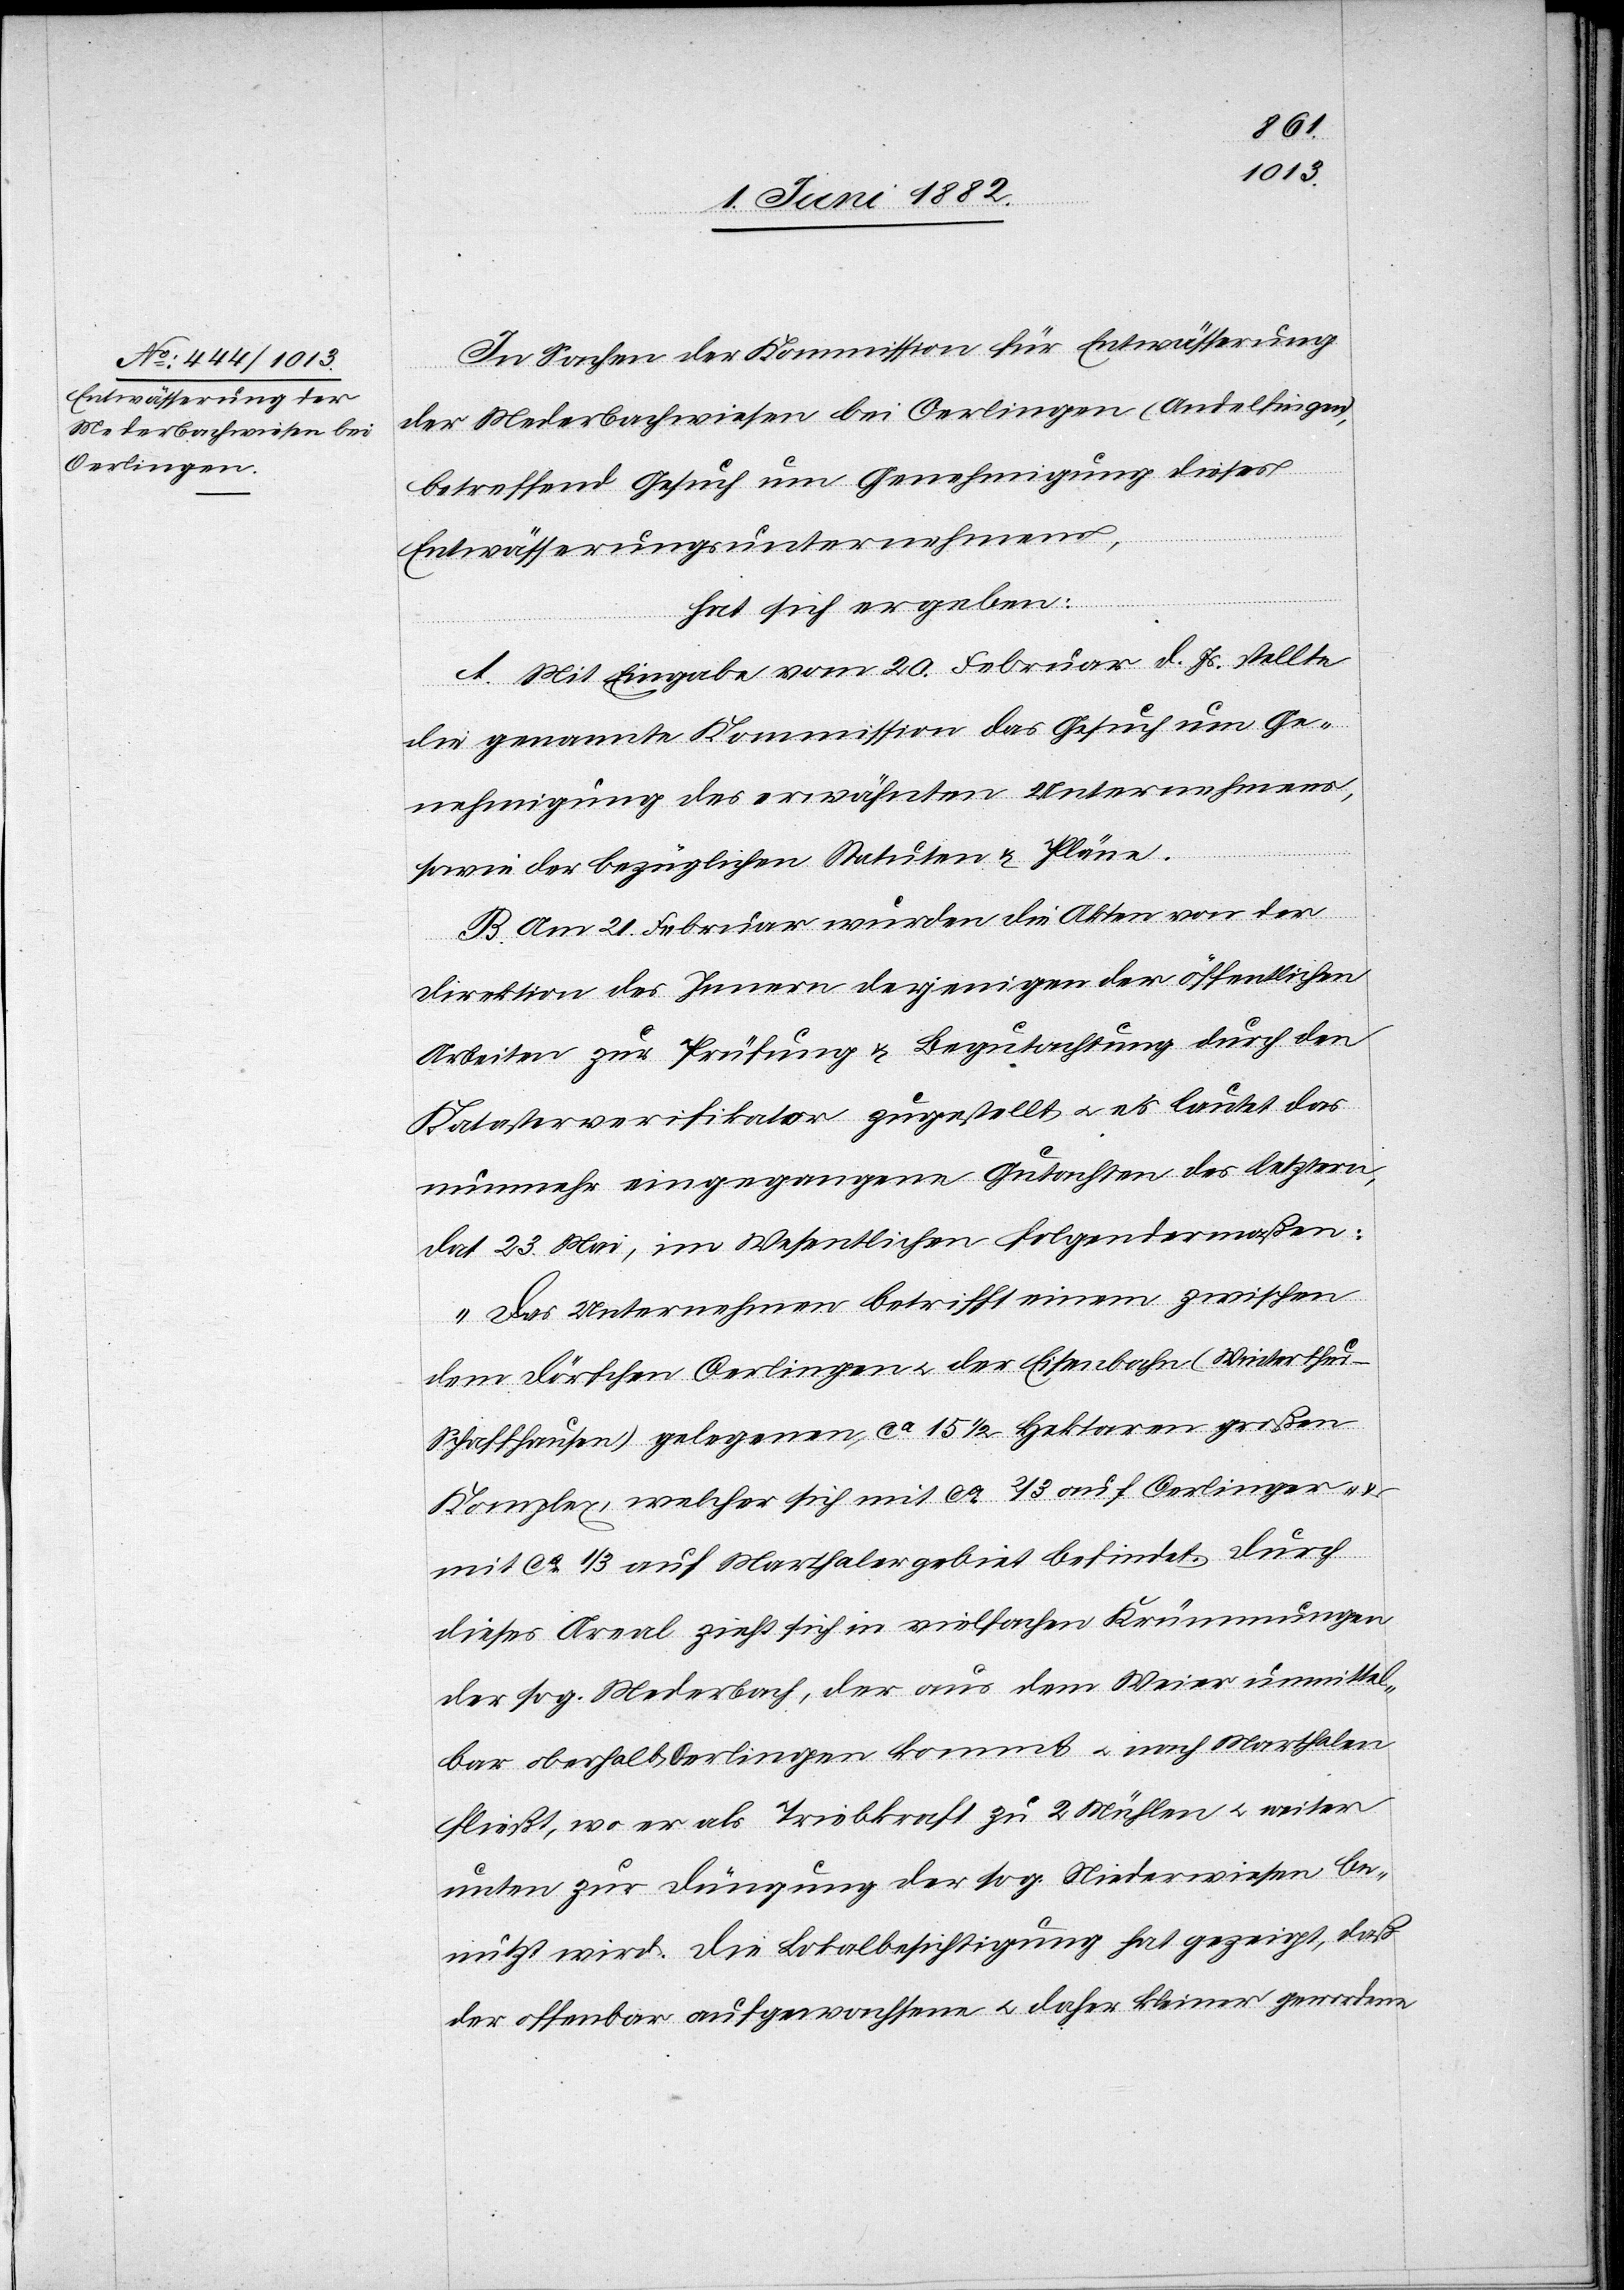
In Sachen der Kommission für Entwässerung
der Mederbachwiesen bei Oerlingen (Andelfingen),
betreffend Gesuch um Genehmigung dieses
Entwässerungsunternehmens,
hat sich ergeben:
A. Mit Eingabe vom 20. Februar d. Js. stellte
die genannte Kommission das Gesuch um Ge¬
nehmigung des erwähnten Unternehmens,
sowie der bezüglichen Statuten & Pläne.
B. Am 21. Februar wurden die Akten von der
Direktion des Innern derjenigen der öffentlichen
Arbeiten zur Prüfung & Begutachtung durch den
Katasterverifikator zugestellt u. es lautet das
nunmehr eingegangene Gutachten des letztern,
dat. 23. Mai, im Wesentlichen folgendermaßen:
„Das Unternehmen betrifft einem [recte:
dem Dörfchen Oerlingen u. der Eisenbahn (Winterthu¬
r–Schaffhausen) gelegenen, ca 15 1/2 Hektaren großen
Komplex, welche sich mit ca 2/3 auf Oerlinger- &
mit ca 1/3 auf Marthalergebiet befindet. Durch
dieses Areal zieht sich in vielfachen Krümmungen
der sog. Mederbach, der aus dem Weier unmittel¬
bar oberhalb Oerlingen kommt u. nach Marthalen
fließt, wo er als Triebkraft zu 2 Mühlen u. weiter
untern zur Düngung der sog. Niederwiesen be¬
nutzt wird. Die Lokalbesichtigung hat gezeigt, daß
der offenbar aufgewachsene u. daher kleiner gewordene